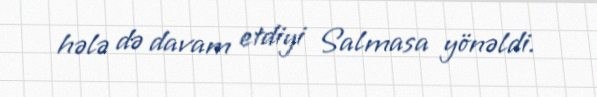
hələ də davam etdiyi Salmasa yönəldi.